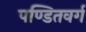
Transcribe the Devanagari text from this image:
पण्डितवर्ग